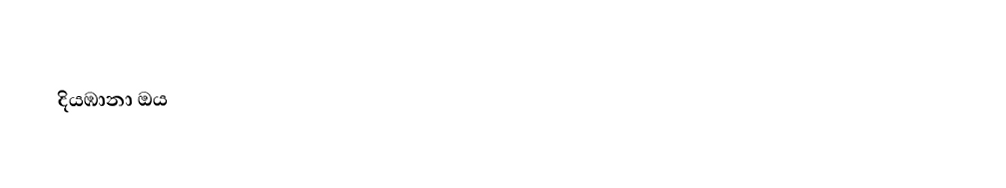
දියඹානා ඔය